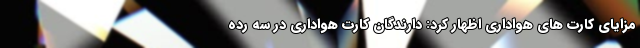
مزایای کارت های هواداری اظهار کرد: دارندگان کارت هواداری در سه رده